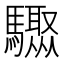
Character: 𩧁